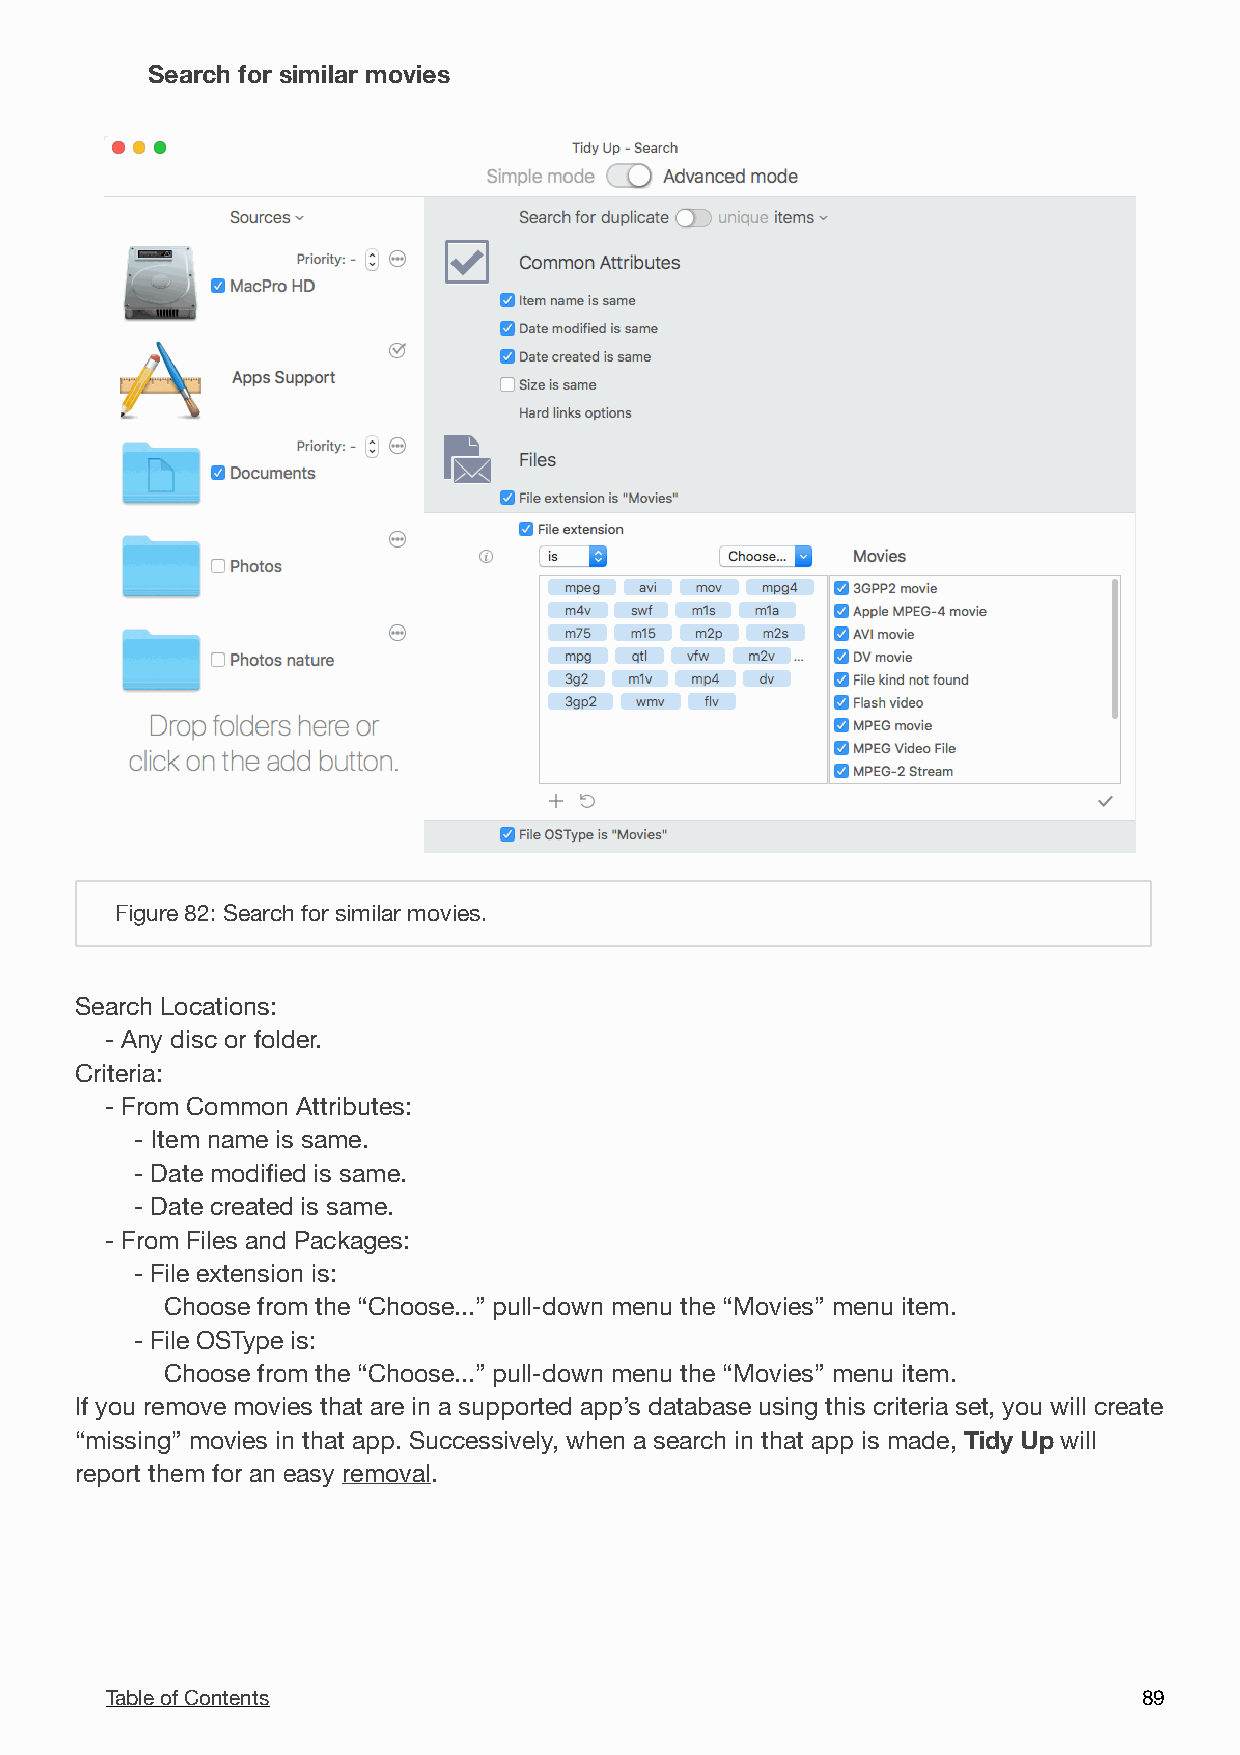
Search for similar movies

 Figure 82: Search for similar movies.
 Search Locations:
 - Any disc or folder.
 Criteria:
 - From Common Attributes:
 - Item name is same.
 - Date modified is same.
 - Date created is same.
 - From Files and Packages:
 - File extension is:
 Choose from the “Choose...” pull-down menu the “Movies” menu item.
 - File OSType is:
 Choose from the “Choose...” pull-down menu the “Movies” menu item.
 If you remove movies that are in a supported app’s database using this criteria set, you will create
 “missing” movies in that app. Successively, when a search in that app is made, Tidy Up will
 report them for an easy removal.
 Table of Contents                                                    8 9